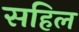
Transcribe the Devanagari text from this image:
सहिल